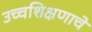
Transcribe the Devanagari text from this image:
उच्चशिक्षणाचे